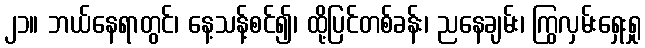
၂၁။ ဘယ်နေရာတွင်၊ နေ့သန့်စင်၍၊ ထို့ပြင်တစ်ခန်း၊ ညနေချမ်း၊ ကြွလှမ်းရှေးရှု